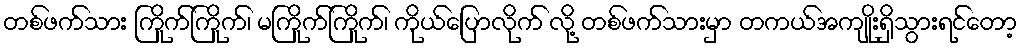
တစ်ဖက်သား ကြိုက်ကြိုက်၊ မကြိုက်ကြိုက်၊ ကိုယ်ပြောလိုက် လို့ တစ်ဖက်သားမှာ တကယ်အကျိုးရှိသွားရင်တော့